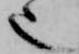
也